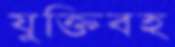
যুক্তিবহ